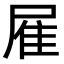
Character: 𨾈